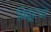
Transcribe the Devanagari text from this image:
बिठूरचा